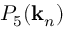
P _ { 5 } ( \mathbf { k } _ { n } )